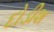
દોડીશ